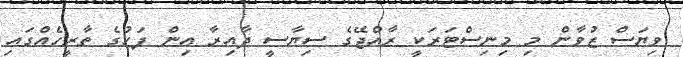
ވިޔަސް ޒުވާން މި މިނިސްޓަރަކީ ރާއްޖޭގެ ސިޔާސީ ދާއިރާ އިން ފަހުގެ ތާރީހެއްގައި